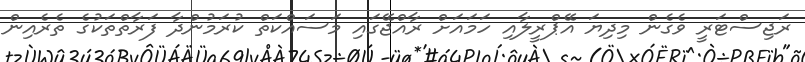
ރަޖިސްޓަރީ ވެގެން މިދިޔަ އޭޕްރީލާއި ހަމައަށް ރާއްޖޭގައި މަސައްކަތް ކުރަމުންދާ ފަރާތްތަކުގެ ތެރެއިން